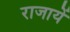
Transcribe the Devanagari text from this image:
राजायें